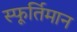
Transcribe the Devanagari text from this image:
स्फूर्तिमान